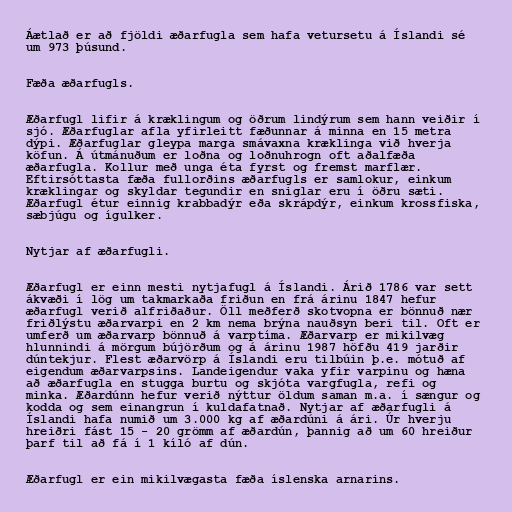
Áætlað er að fjöldi æðarfugla sem hafa vetursetu á Íslandi sé
um 973 þúsund.

Fæða æðarfugls.

Æðarfugl lifir á kræklingum og öðrum lindýrum sem hann veiðir í
sjó. Æðarfuglar afla yfirleitt fæðunnar á minna en 15 metra
dýpi. Æðarfuglar gleypa marga smávaxna kræklinga við hverja
köfun. Á útmánuðum er loðna og loðnuhrogn oft aðalfæða
æðarfugla. Kollur með unga éta fyrst og fremst marflær.
Eftirsóttasta fæða fullorðins æðarfugls er samlokur, einkum
kræklingar og skyldar tegundir en sniglar eru í öðru sæti.
Æðarfugl étur einnig krabbadýr eða skrápdýr, einkum krossfiska,
sæbjúgu og ígulker.

Nytjar af æðarfugli.

Æðarfugl er einn mesti nytjafugl á Íslandi. Árið 1786 var sett
ákvæði í lög um takmarkaða friðun en frá árinu 1847 hefur
æðarfugl verið alfriðaður. Öll meðferð skotvopna er bönnuð nær
friðlýstu æðarvarpi en 2 km nema brýna nauðsyn beri til. Oft er
umferð um æðarvarp bönnuð á varptíma. Æðarvarp er mikilvæg
hlunnindi á mörgum bújörðum og á árinu 1987 höfðu 419 jarðir
dúntekjur. Flest æðarvörp á Íslandi eru tilbúin þ.e. mótuð af
eigendum æðarvarpsins. Landeigendur vaka yfir varpinu og hæna
að æðarfugla en stugga burtu og skjóta vargfugla, refi og
minka. Æðardúnn hefur verið nýttur öldum saman m.a. í sængur og
kodda og sem einangrun í kuldafatnað. Nytjar af æðarfugli á
Íslandi hafa numið um 3.000 kg af æðardúni á ári. Úr hverju
hreiðri fást 15 - 20 grömm af æðardún, þannig að um 60 hreiður
þarf til að fá í 1 kíló af dún.

Æðarfugl er ein mikilvægasta fæða íslenska arnarins.